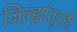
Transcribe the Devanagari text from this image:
जिल्ह्यांतूनही